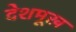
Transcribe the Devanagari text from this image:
देशमूख